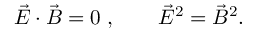
\vec { E } \cdot \vec { B } = 0 \; , \qquad \vec { E } ^ { 2 } = \vec { B } ^ { 2 } .